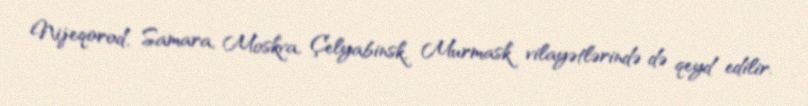
Nijeqorod, Samara, Moskva, Çelyabinsk, Murmask vilayətlərində də qeyd edilir.